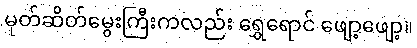
မုတ်ဆိတ်မွေးကြီးကလည်း ရွှေရောင် ဖျော့ဖျော့။